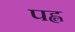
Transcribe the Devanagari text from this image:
पह्ल